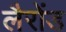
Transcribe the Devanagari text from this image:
लैरोंड